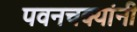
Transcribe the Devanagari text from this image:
पवनचक्यांनी